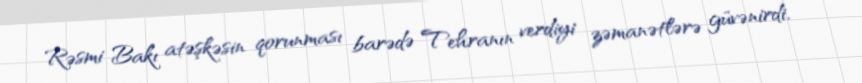
Rəsmi Bakı atəşkəsin qorunması barədə Tehranın verdiyi zəmanətlərə güvənirdi,